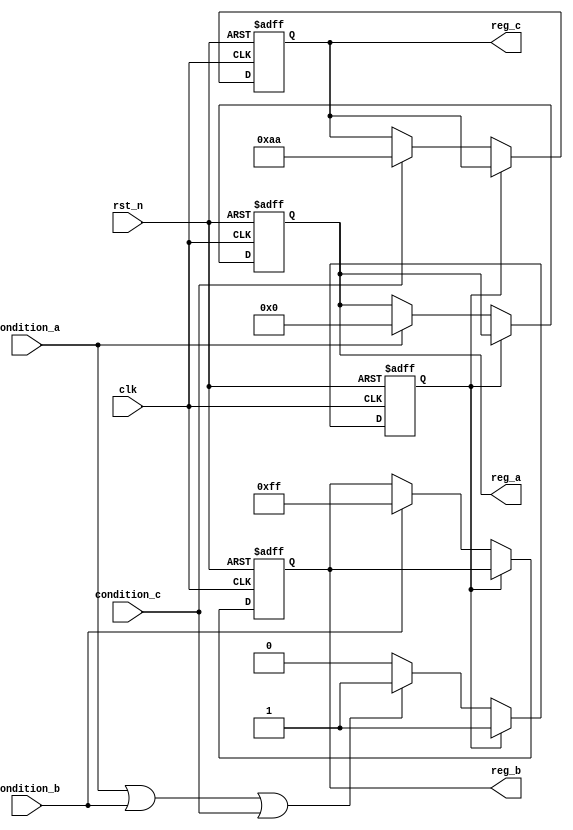
module conditional_initialization #(
    parameter INIT_VALUE_A = 8'h00,
    parameter INIT_VALUE_B = 8'hFF,
    parameter INIT_VALUE_C = 8'hAA
)(
    input wire clk,
    input wire rst_n,           // Active low reset signal
    input wire condition_a,     // Condition for initialization A
    input wire condition_b,     // Condition for initialization B
    input wire condition_c,     // Condition for initialization C
    output reg [7:0] reg_a,     // Register A
    output reg [7:0] reg_b,     // Register B
    output reg [7:0] reg_c      // Register C
);

    // State variable to track initialization status
    reg initialized;

    // Sequential logic for initialization
    always @(posedge clk or negedge rst_n) begin
        if (!rst_n) begin
            // Reset all registers to default values
            reg_a <= 8'h00;
            reg_b <= 8'h00;
            reg_c <= 8'h00;
            initialized <= 1'b0; // Reset initialization status
        end else if (!initialized) begin
            // Conditional initialization based on input conditions
            if (condition_a) begin
                reg_a <= INIT_VALUE_A; // Initialize reg_a
            end
            if (condition_b) begin
                reg_b <= INIT_VALUE_B; // Initialize reg_b
            end
            if (condition_c) begin
                reg_c <= INIT_VALUE_C; // Initialize reg_c
            end
            
            // Update initialization status
            if (condition_a || condition_b || condition_c) begin
                initialized <= 1'b1; // Mark as initialized
            end
        end
    end

endmodule